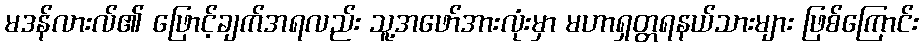
မဒန်လားလ်၏ ဖြောင့်ချက်အရလည်း သူ့အဖော်အားလုံးမှာ မဟာရှတ္တရနယ်သားများ ဖြစ်ကြောင်း